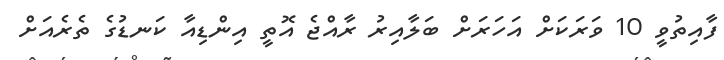
ފާއިތުވީ 10 ވަރަކަށް އަހަރަށް ބަލާއިރު ރާއްޖެ އޮތީ އިންޑިއާ ކަނޑުގެ ތެރެއަށް